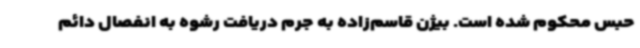
حبس محکوم شده است. بیژن قاسم‌زاده به جرم دریافت رشوه به انفصال دائم